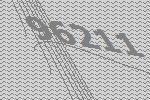
96211